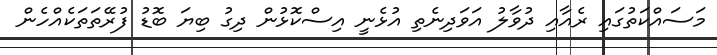
މަސައްކަތުގައި ރެއާއި ދުވާލު އަވަދިނެތި އުޅެނީ އިސްކޮޅުން ދިގު ބިޔަ ބޮޑު ފުރޭތަތަކެއްހެން